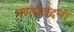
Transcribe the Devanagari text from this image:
प्रणम्रवदना